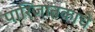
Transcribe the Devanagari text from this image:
पारिजातकाचे